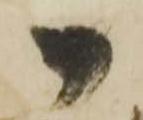
御